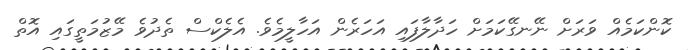
ކޮންކަމެއް ވަރަށް ނޭނގޭކަމަށް ހަދާލާފައި އަހަރެން އަހާލީމެވެ. އެލެކްސް ތެދުވެ މޭޒުމަތީގައި އޮތް